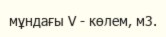
мұндағы V - көлем, м3.